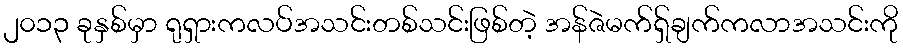
၂၀၁၃ ခုနှစ်မှာ ရုရှားကလပ်အသင်းတစ်သင်းဖြစ်တဲ့ အန်ဇဲမက်ရှ်ချက်ကလာအသင်းကို